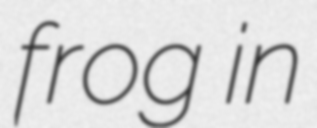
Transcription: frog in